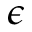
\epsilon